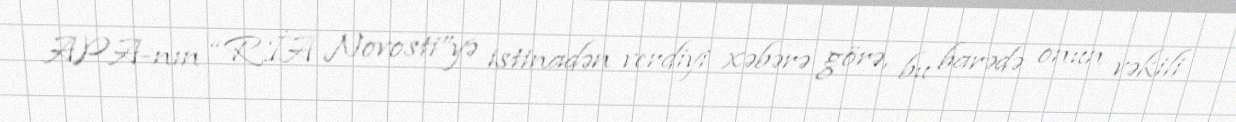
APA-nın “RİA Novosti”yə istinadən verdiyi xəbərə görə, bu barədə onun vəkili